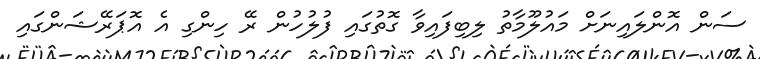
ސަން އޮންލައިނަށް މައުލޫމާތު ލިބިފައިވާ ގޮތުގައި ފުލުހުން ރޭ ހިންގި އެ އޮޕަރޭޝަންގައި